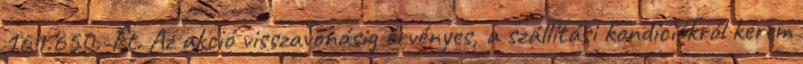
161.650.-Ft. Az akció visszavonásig érvényes, a szállítási kondíciókról kérem